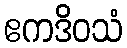
ဧကဒိဝသံ